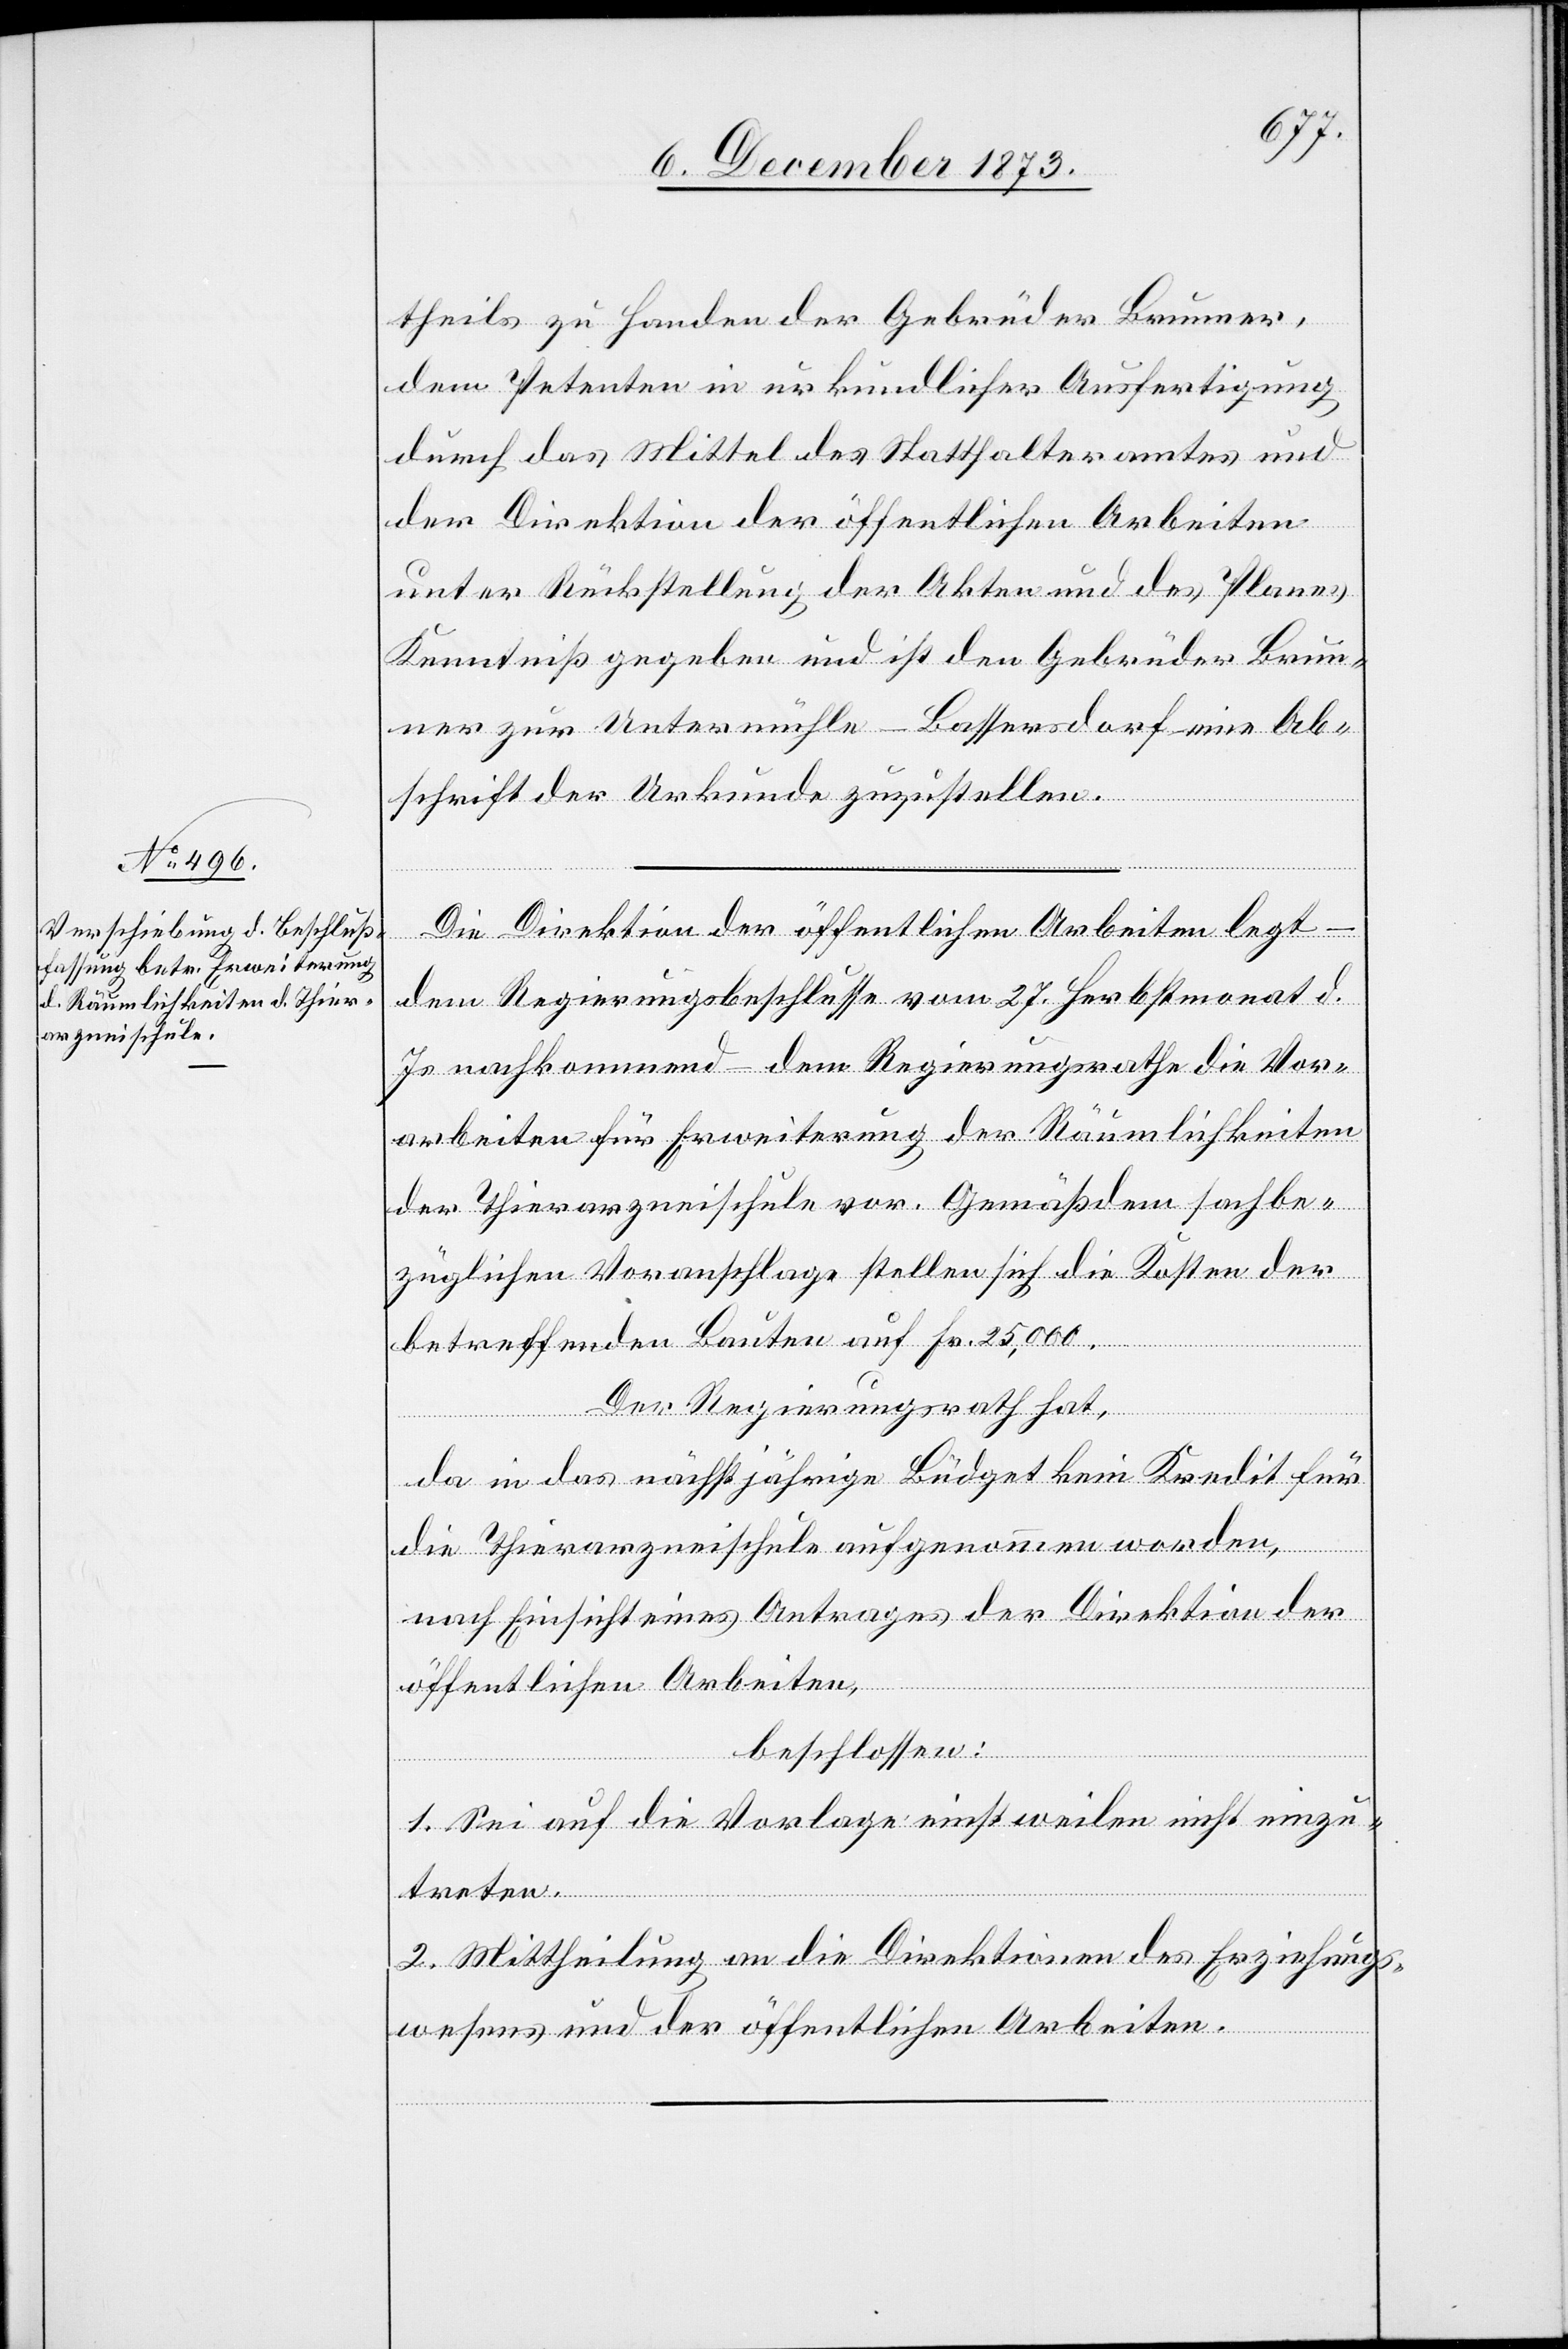
theils zu Handen der Gebrüder Brunner,
dem Petenten in urkundlicher Ausfertigung
durch das Mittel des Statthalteramtes und
der Direktion der öffentlichen Arbeiten
unter Rückstellung der Akten und des Planes
Kenntniß gegeben und ist den Gebrüder Brun¬
ner zur Untermühle - Bassersdorf eine Ab¬
schrift der Urkunde zuzustellen.
Die Direktion der öffentlichen Arbeiten legt
dem Regierungsbeschlusse vom 27. Herbstmonat d.
Js. nachkommend – dem Regierungsrathe die Vor¬
arbeiten für Erweiterung der Räumlichkeiten
der Thierarzneischule vor. Gemäß dem sachbe¬
züglichen Voranschlage stellen sich die Kosten der
betreffenden Bauten auf Fr. 25,000.
Der Regierungsrath hat,
da in das nächstjährige Büdget kein Kredit für
die Thierarzneischule aufgenommen worden,
nach Einsicht eines Antrages der Direktion der
öffentlichen Arbeiten,
beschlossen:
1. Sei auf die Vorlage einstweilen nicht einzu¬
treten.
2. Mittheilung an die Direktionen des Erziehungs¬
wesens und der öffentlichen Arbeiten.